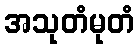
အသုတံမုတံ